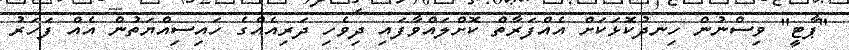
"ޕާޓީ" ވިސްނުން ހިނދުކޮޅަކަށް އެއްފަރާތް ކޮށްލައްވާފައި ދިވެހި ދަރިއެއްގެ ހައިސިއްޔަތުން އެއް ފަހަރު